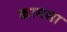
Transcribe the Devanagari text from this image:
कामसा